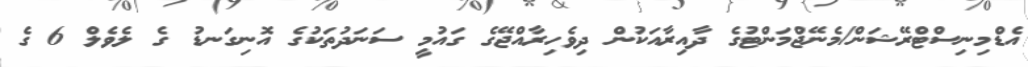
އެޑްމިނިސްޓްރޭޝަން/މެނޭޖްމަންޓުގެ ދާއިރާއަކުން ދިވެހިރާއްޖޭގެ ގައުމީ ސަނަދުތަކުގެ އޮނިގަނޑު ގެ ލެވެލް 6 ގެ